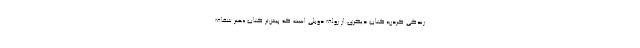
زندگی کردن» کتاب دیگری از رولف دوبلی است که پیش‌تر کتاب «هنر شفاف‌